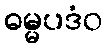
ဓမ္မပဒံဝ